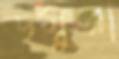
ডম্বুরা